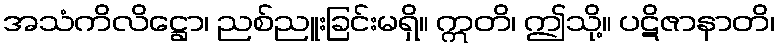
အသံကိလိဋ္ဌော၊ ညစ်ညူးခြင်းမရှိ။ ဣတိ၊ ဤသို့။ ပဋိဇာနာတိ၊